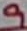
Text: 9